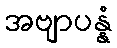
အဗျာပန္နံ